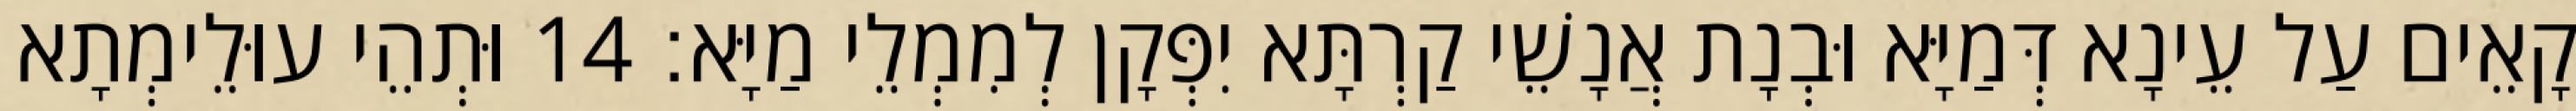
קָאֵים עַל עֵינָא דְּמַיָּא וּבְנָת אֲנָשֵׁי קַרְתָּא יִפְּקָן לְמִמְלֵי מַיָּא׃ 14 וּתְהֵי עוּלֵימְתָא